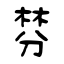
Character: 棼